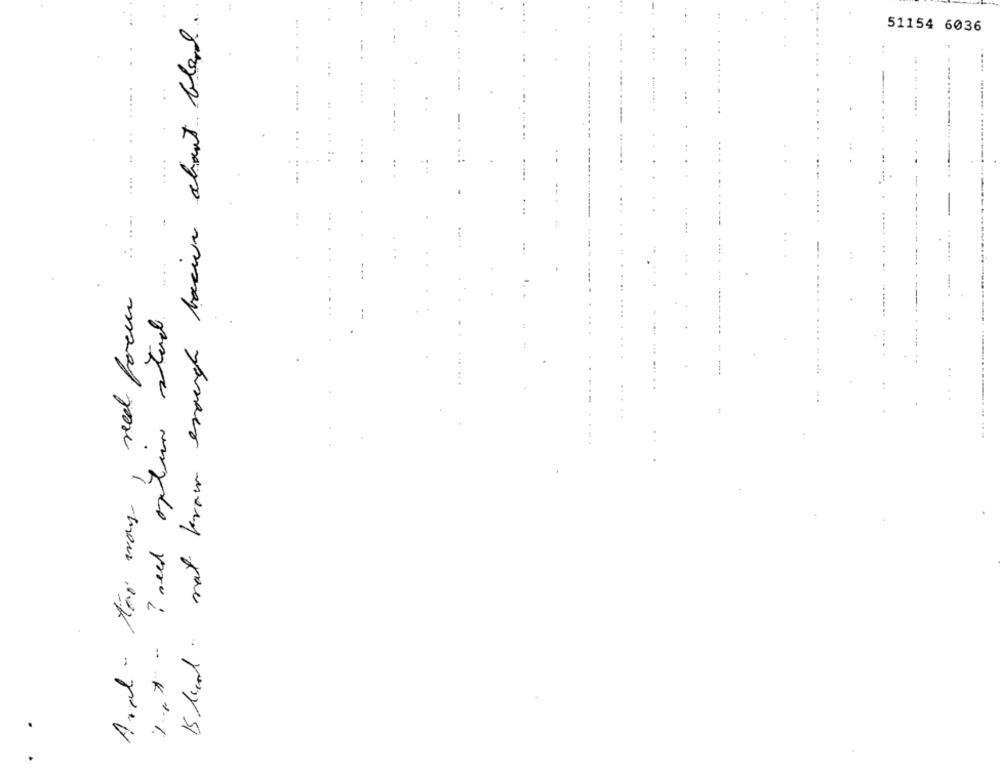
Bloed not brow enough bacium about bland.
51154 6036
..
...
.
...
---
.. ..
:
And- too way, reed form
-
1ex- ? weed option stad
......